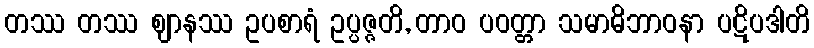
တဿ တဿ ဈာနဿ ဥပစာရံ ဥပ္ပဇ္ဇတိ, တာဝ ပဝတ္တာ သမာဓိဘာဝနာ ပဋိပဒါတိ